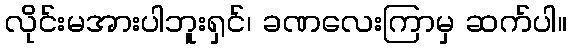
လိုင်းမအားပါဘူးရှင်၊ ခဏလေးကြာမှ ဆက်ပါ။